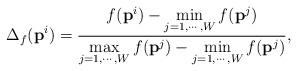
LaTeX: \begin{align*}\Delta_f({\textbf{p}}^i) = \frac{{f({\textbf{p}}^i) - \mathop {\min }\limits_{j = 1, \cdots ,W}f({\textbf{p}}^j)}}{\mathop {\max }\limits_{j = 1, \cdots ,W}f({\textbf{p}}^j)-\mathop {\min }\limits_{j = 1, \cdots ,W}f({\textbf{p}}^j)},\end{align*}